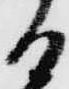
る